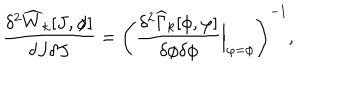
LaTeX: \frac { \delta ^ { 2 } \widehat { W } _ { k } [ J , \phi ] } { \delta J \delta J } = \left( \frac { \delta ^ { 2 } \widehat { \Gamma } _ { k } [ \phi , \varphi ] } { \delta \phi \delta \phi } { \Big | } _ { \varphi = \phi } \right) ^ { - 1 } ,